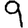
Digit: 9